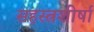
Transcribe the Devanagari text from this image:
सहस्त्रशीर्षा